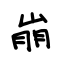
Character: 崩